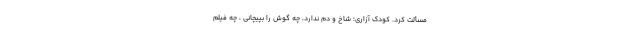
مسألت کرد. کودک آزاری؛ شاخ و دم ندارد، چه گوش را بپیچانی ، چه فیلم